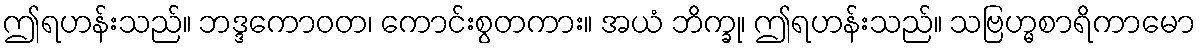
ဤရဟန်းသည်။ ဘဒ္ဒကောဝတ၊ ကောင်းစွတကား။ အယံ ဘိက္ခု၊ ဤရဟန်းသည်။ သဗြဟ္မစာရိကာမော